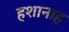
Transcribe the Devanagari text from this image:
हशानाह